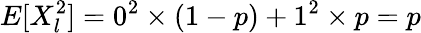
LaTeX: E[X_{l}^{2}]=0^{2}\times(1-p)+1^{2}\times p=p